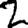
Digit: 2